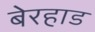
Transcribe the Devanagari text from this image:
बेरहाड